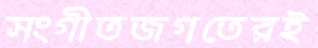
সংগীতজগতেরই